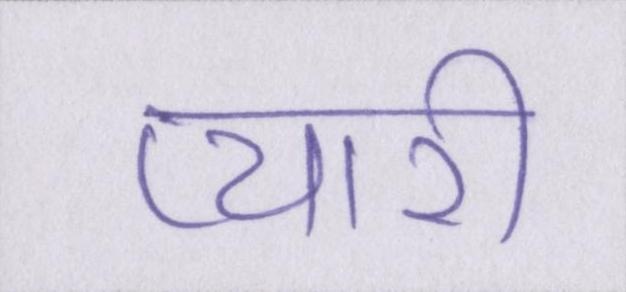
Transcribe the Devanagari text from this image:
प्यारी